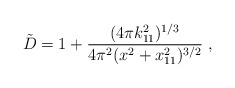
\begin{align*}{\tilde D}=1+{(4\pi k_{11}^2)^{1/3} \over 4\pi^2(x^2+x_{11}^2)^{3/2}} \ ,\end{align*}